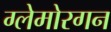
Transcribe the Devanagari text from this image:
ग्लेमोरगन